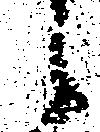
候